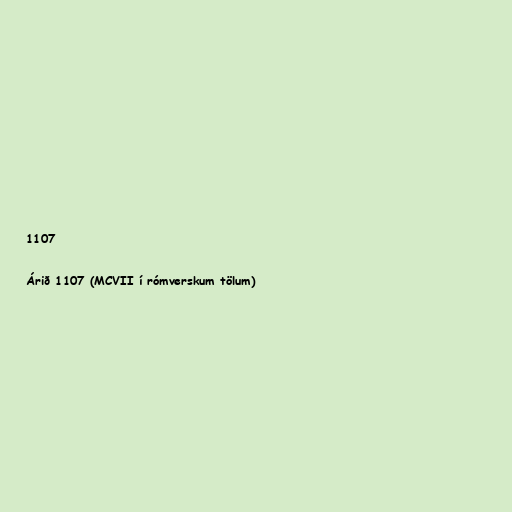
1107

Árið 1107 (MCVII í rómverskum tölum)